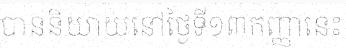
បាននិយាយនៅថ្ងៃទី១៣កញ្ញានេះ